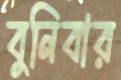
বুনিবার